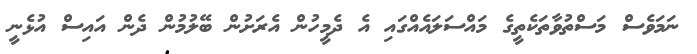
ނަމަވެސް މަސްތުވާތަކެތީގެ މައްސަލައެއްގައި އެ ދެމީހުން އެރަށުން ބޭލުމުން ދެން އައިސް އުޅެނީ